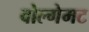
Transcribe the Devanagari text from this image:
वोल्गेमट